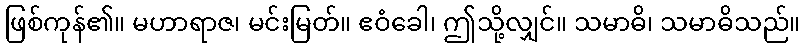
ဖြစ်ကုန်၏။ မဟာရာဇ၊ မင်းမြတ်။ ဧဝံခေါ၊ ဤသို့လျှင်။ သမာဓိ၊ သမာဓိသည်။